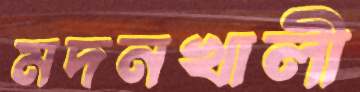
মদনখালী